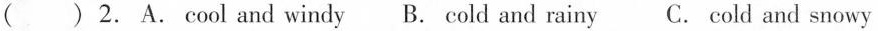
( ) 2. A.cool and windy B. cold and rainy C. cold and snowy